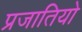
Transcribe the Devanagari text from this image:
प्रजातियो